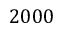
2 0 0 0